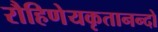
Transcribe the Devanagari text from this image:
रौहिणेयकृतानन्दो